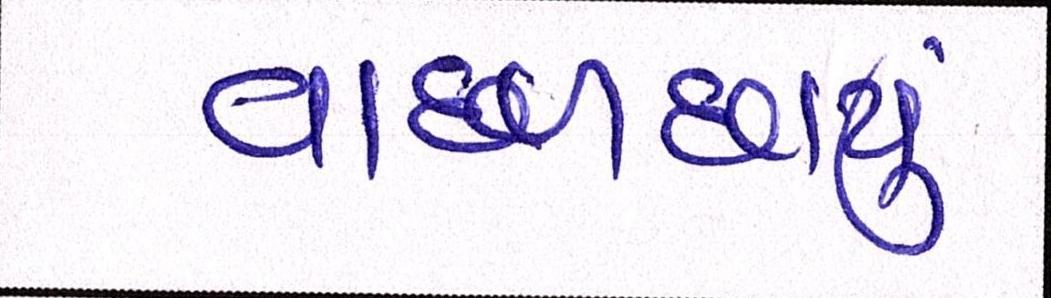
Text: વાદળછાયું